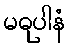
မဓုပါနံ